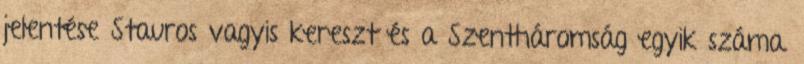
jelentése Stauros vagyis kereszt és a Szentháromság egyik száma.